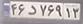
۴۶د۷۶۹۱۳